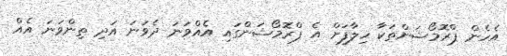
އެހެން ޕްރޮމޯޝަންތަކާ ހިލާފަށް އެ ޕްރޮމޯޝަންގައި އެއްވަނަ ދެވަނަ އަދި ތިންވަނަ އެއް